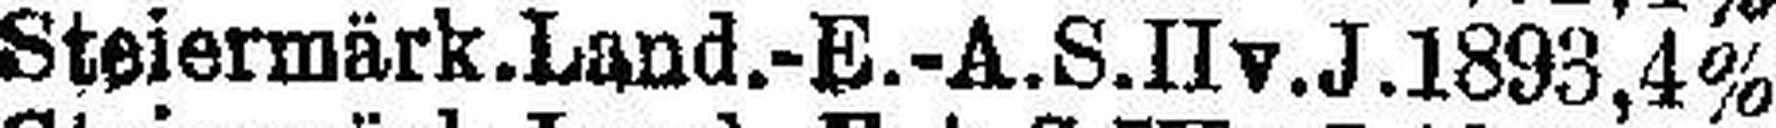
Steiermärk. Land.-E.-A.S.II v.J.1893, 4%